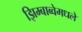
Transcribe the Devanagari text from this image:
झिम्बाब्वेमधले